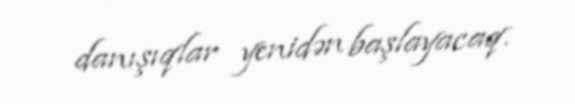
danışıqlar yenidən başlayacaq.